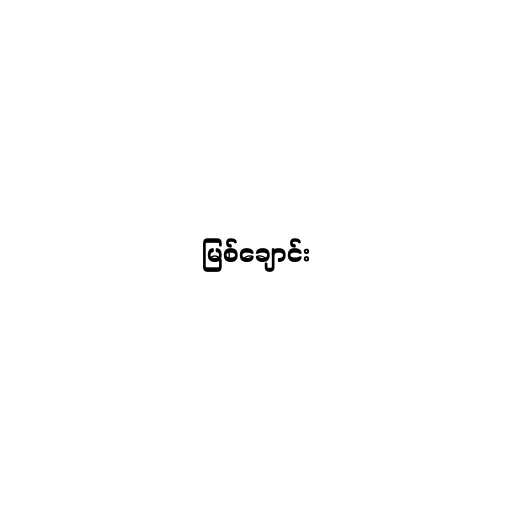
မြစ်ချောင်း